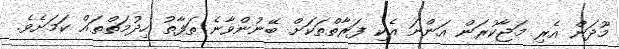
މޫދަން އެރި މަޖާކުރަން އަންނަ އެކި ފަރާތްތަކަށް ބޭނުންވާނެ ތަފާތު ހިދުމަތްތައް ކަމަށެވެ.